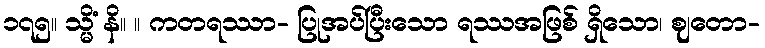
၁၇၅။ သ္မိံ နိ။ ။ ကတရဿာ- ပြုအပ်ပြီးသော ရဿအဖြစ် ရှိသော၊ ဈတော-